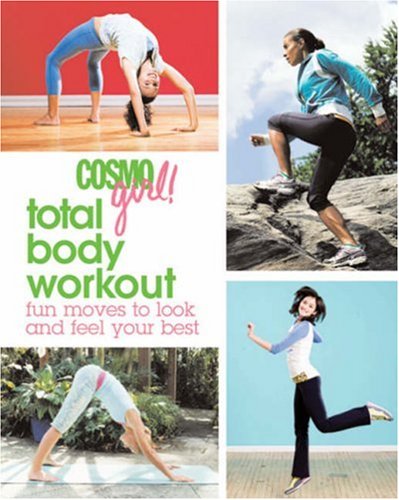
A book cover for CosmoGIRL! Total Body Workout: Fun Moves to Look and Feel Your Best; The Editors of CosmoGIRL; Teen & Young Adult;